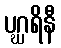
ပဂ္ဃရိနီ